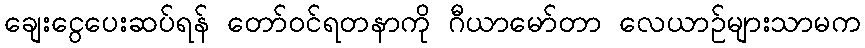
ချေးငွေပေးဆပ်ရန် တော်ဝင်ရတနာကို ဂီယာမော်တာ လေယာဉ်များသာမက